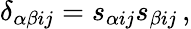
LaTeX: \delta_{\alpha\beta ij}=s_{\alpha ij}s_{\beta ij}\, ,